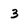
Character: 3